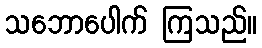
သဘောပေါက် ကြသည်။